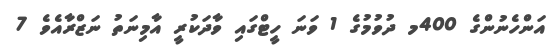
އަންހެނުންގެ 400މ ދުވުމުގެ 1 ވަނަ ހީޓްގައި ވާދަކުރީ އާމިނަތު ނަޒްރާއެވެ 7